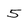
Character: 5